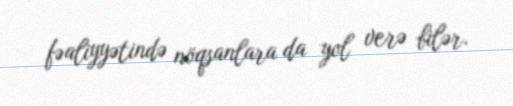
fəaliyyətində nöqsanlara da yol verə bilər.